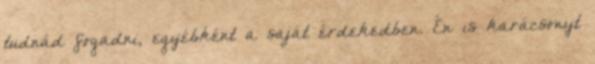
tudnád fogadni, egyébként a saját érdekedben. Én is karácsonyt